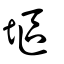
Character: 塸